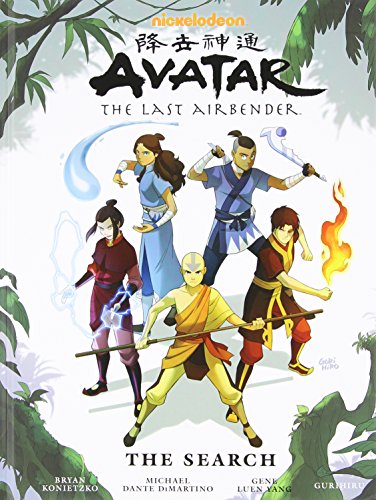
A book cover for Avatar: The Last Airbender, The Search; Michael Dante DiMartino; Comics & Graphic Novels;